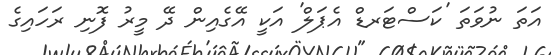
އަތަ ނުވަތަ 'ކަސްޓަރޑް އެޕަލް' އަކީ އޭގެއިން ދޭ މީރު ފޮނި ރަހައިގެ